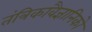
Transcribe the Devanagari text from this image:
तंत्रिकावैज्ञानिको